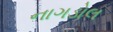
નાગડોલ